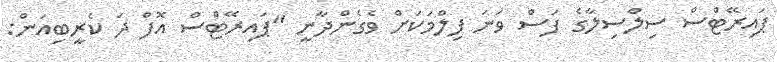
ޕައިރޭޓްސް ސިލްސިލާގެ ފަސް ވަނަ ފިލްމަކަށް ވެގެންދާނީ "ޕައިރޭޓްސް އޮފް ދަ ކެރީބިއަން: